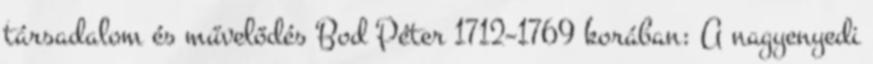
társadalom és művelődés Bod Péter 1712–1769 korában: A nagyenyedi